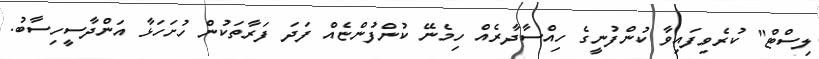
ލިސްޓް" ކުރެވިފައިވާ ކުންފުނީގެ ހިއްސާދާރެއް ހިމެނޭ ކުންފުންޏެއް ފަދަ ފަރާތަކުން ހުށަހަޅާ އަންދާސީހިސާބު.